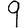
Digit: 9